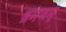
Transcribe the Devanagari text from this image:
श्रमणम्